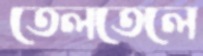
তেলতেলে